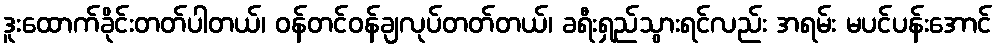
ဒူးထောက်ခိုင်းတတ်ပါတယ်၊ ဝန်တင်ဝန်ချလုပ်တတ်တယ်၊ ခရီးရှည်သွားရင်လည်း အရမ်း မပင်ပန်းအောင်